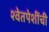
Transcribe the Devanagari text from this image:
श्वेतपेशींची